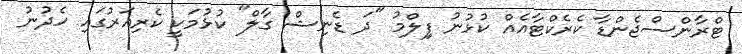
ޓްރާންސްޖެންޑާ ކެރެކްޓާއެއް ކުޅުނު ފިިލްމު "ދަ ޑެނިޝް ގާލް" ކުޅުމަކީ ކެރިއަރުގައި ހެދުނު